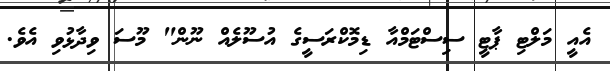
އެއީ މަލްޓި ޕާޓީ ސިސްޓަމްއާ ޑިމޮކްރަސީގެ އުސޫލެއް ނޫން" މޫސަ ވިދާޅުވި އެވެ.